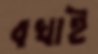
বখাই